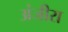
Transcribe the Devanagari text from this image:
अंजीरा